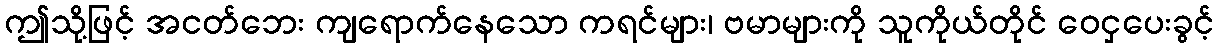
ဤသို့ဖြင့် အငတ်ဘေး ကျရောက်နေသော ကရင်များ၊ ဗမာများကို သူကိုယ်တိုင် ဝေငှပေးခွင့်